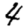
Digit: 4